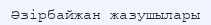
Әзірбайжан жазушылары